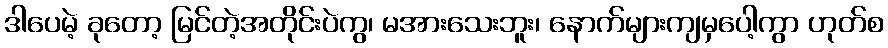
ဒါပေမဲ့ ခုတော့ မြင်တဲ့အတိုင်းပဲကွ၊ မအားသေးဘူး၊ နောက်များကျမှပေါ့ကွာ ဟုတ်စ